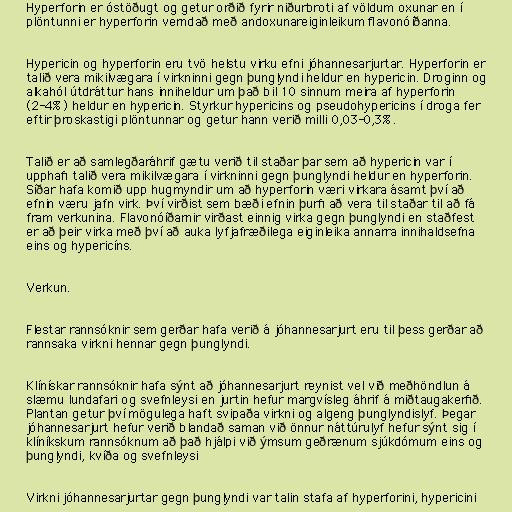
Hyperforin er óstöðugt og getur orðið fyrir niðurbroti af völdum oxunar en í
plöntunni er hyperforin verndað með andoxunareiginleikum flavonóíðanna.

Hypericin og hyperforin eru tvö helstu virku efni jóhannesarjurtar. Hyperforin er
talið vera mikilvægara í virkninni gegn þunglyndi heldur en hypericin. Droginn og
alkahól útdráttur hans inniheldur um það bil 10 sinnum meira af hyperforin
(2-4%) heldur en hypericin. Styrkur hypericins og pseudohypericins í droga fer
eftir þroskastigi plöntunnar og getur hann verið milli 0,03-0,3%.

Talið er að samlegðaráhrif gætu verið til staðar þar sem að hypericin var í
upphafi talið vera mikilvægara í virkninni gegn þunglyndi heldur en hyperforin.
Síðar hafa komið upp hugmyndir um að hyperforin væri virkara ásamt því að
efnin væru jafn virk. Því virðist sem bæði efnin þurfi að vera til staðar til að fá
fram verkunina. Flavonóíðarnir virðast einnig virka gegn þunglyndi en staðfest
er að þeir virka með því að auka lyfjafræðilega eiginleika annarra innihaldsefna
eins og hypericíns.

Verkun.

Flestar rannsóknir sem gerðar hafa verið á jóhannesarjurt eru til þess gerðar að
rannsaka virkni hennar gegn þunglyndi.

Klínískar rannsóknir hafa sýnt að jóhannesarjurt reynist vel við meðhöndlun á
slæmu lundafari og svefnleysi en jurtin hefur margvísleg áhrif á miðtaugakerfið.
Plantan getur því mögulega haft svipaða virkni og algeng þunglyndislyf. Þegar
jóhannesarjurt hefur verið blandað saman við önnur náttúrulyf hefur sýnt sig í
klíníkskum rannsóknum að það hjálpi við ýmsum geðrænum sjúkdómum eins og
þunglyndi, kvíða og svefnleysi

Virkni jóhannesarjurtar gegn þunglyndi var talin stafa af hyperforini, hypericini